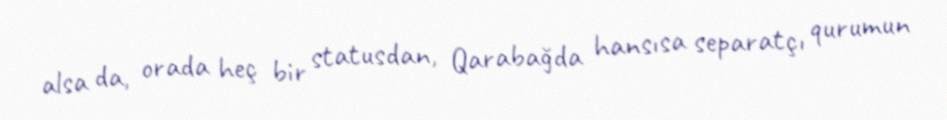
alsa da, orada heç bir statusdan, Qarabağda hansısa separatçı qurumun